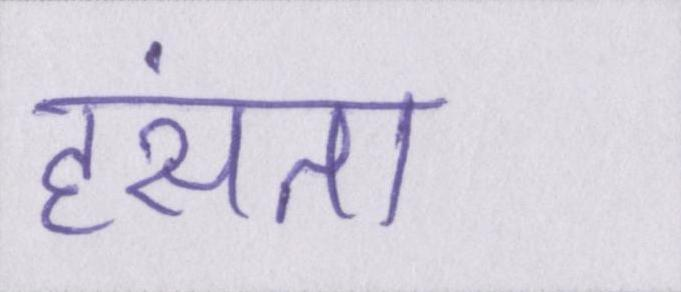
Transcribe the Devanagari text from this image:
हंसता